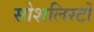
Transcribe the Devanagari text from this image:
सोशलिस्टों